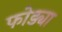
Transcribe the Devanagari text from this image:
फोड्या